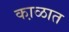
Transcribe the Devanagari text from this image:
का़ळात